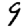
Digit: 9